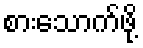
စားသောက်ဖို့